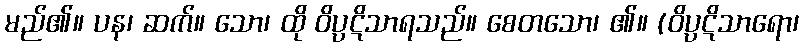
မည်၏။ ပန၊ ဆက်။ သော၊ ထို ဝိပ္ပဋိသာရသည်။ စေတသော၊ ၏။ (ဝိပ္ပဋိသာရော၊